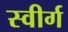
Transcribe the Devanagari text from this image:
स्वीर्ग